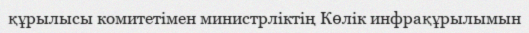
құрылысы комитетімен министрліктің Көлік инфрақұрылымын